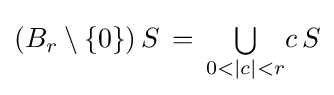
\left(B_{r}\setminus \{0\}\right)S\,=\,{\textstyle \bigcup \limits _{0<|c|<r}}c\,S